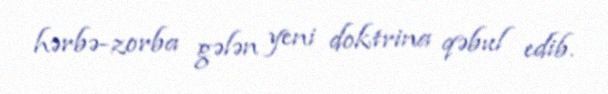
hərbə-zorba gələn yeni doktrina qəbul edib.